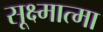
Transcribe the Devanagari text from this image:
सूक्ष्मात्मा